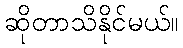
ဆိုတာသိနိုင်မယ်။